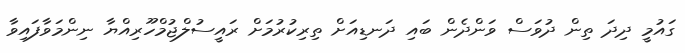
ގައުމީ ދިދަ ތިން ދުވަސް ވަންދެން ބައި ދަނޑިއަށް ތިރިކުރުމަށް ރައީސުލްޖުމްހޫރިއްޔާ ނިންމަވާފައިވާ